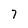
Character: 7